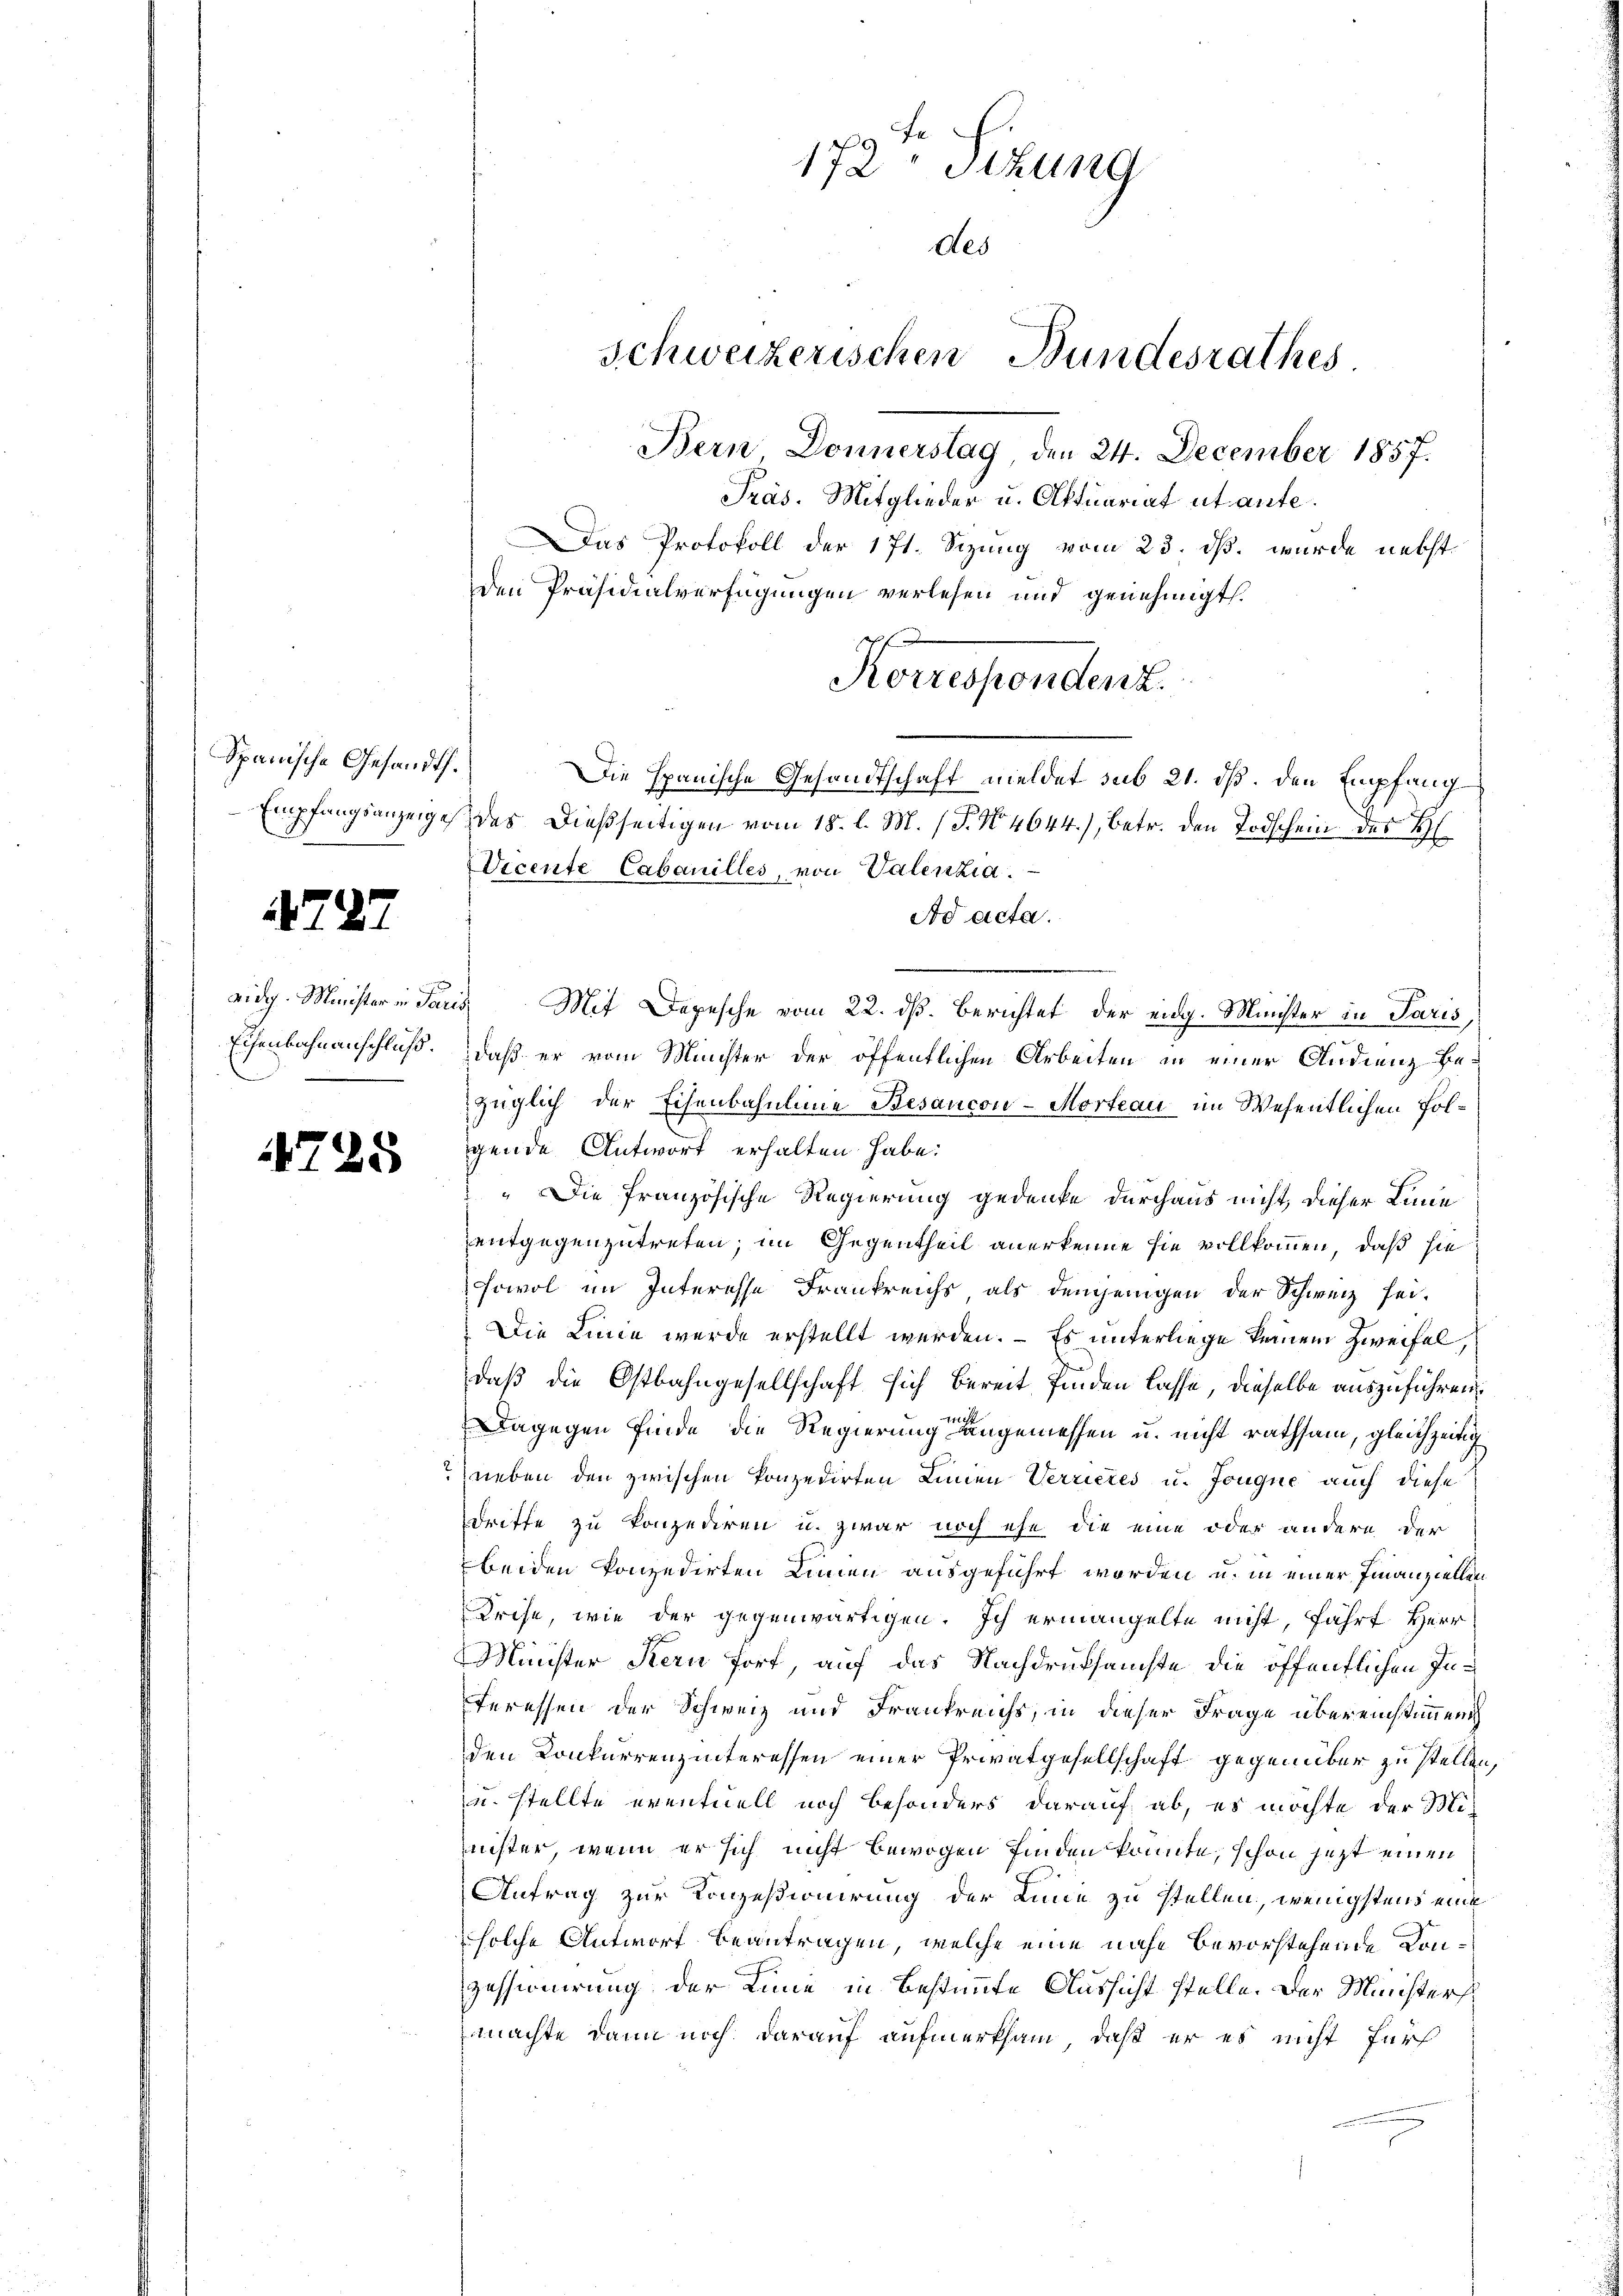
Spanische Gesandts.
Empfangsanzeige

479

1

eidg. Minister in Paris
Eisenbahnanschluß.

725

172. Sitzung
des
Schweizerischen Bundesrathes
Bern Donnerstag, den 24. December 1857.
Präs. Mitglieder u. Oftuariat ut aufe¬

den Präsidialverfügungen verlesen und genehmigt.
des dießseitigen vom 18. l. M. P. Nr. 4644), betr. den Todschein des
Vicente Cabanilles, von Valenzia
Ad acta.
3 Mit Depesche vom 22. dß. Berichtet der eidg. Minister in Paris,
daß er vom Müchter der öffentlichen Arbeiten in einer Audienz bezüglich der Eisenbahnline Besancon-Morteau im Wesentlichen Folgende Antwort erhalten habe.
 Die französische Regierung gedenke durchaus nicht, dieser Linie
entgegenzutreten; im Gegentheil anerkenne sie vollkommen, daß sie
sowol im Interesse Frankreichs als demjenigen der Schweiz sei-
Die Linie werde erstellt werden. – Es unterliege keinem Zweifel,
daß die Ostbahngesellschaft sich bereit finden lasse, dieselbe auszuführen
Dagegen finde die Regierung angemessen u. nicht rathsam, gleichzeitig
neben den zwischen konzedirten Linien Verrieres u. Jougne auch diese
driffe zu konzediren u. zwar noch ehe die eine oder andere der
beiden konzedirten Linien ausgeführt worden u. in einer Finanziellen
Krise, wie der gegenwärtigen. Ich ermangelte nicht, fährt Herr
Minister Kern fort, auf das Nachdruksamste die öffentlichen Interessen der Schweiz und Frankreichs, in dieser Frage übereinstimmen
den Konkurrenzinteressen einer Privatgesellschaft gegenüber zu stellen,
u. stellte eventuell noch besonders darauf ab, es möchte der Minister, wenn er sich nicht bewogen finden könnte, schon jetzt einen
Antrag zur Konzesionirung der Linie zu stellen, wenigstens eine
solche Antwort beantragen, welche eine nahe bevorstehende Kon¬
Zessionirung der Linie in Bestimmte Aussicht stelle. Der Ministersmachte dann noch darauf aufmerksam, daß er es nicht für

Das Protokoll der 171. Sizung vom 23. ds. wurde nebst

Korrespendenz.

Die spanische Gesandtschaft meldet sub 21. ds. den Empfang